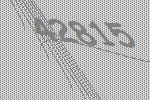
42815